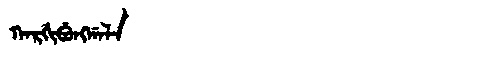
Manchu: ᡴᠠᡵᡤᡳᠪᡠᠩᡤᠠᠯᠠ
Romanization: KARGIBUNGGALA